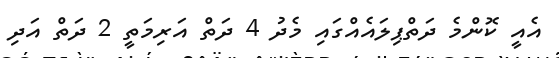
އެއީ ކޮންމެ ދަތްޕިލައެއްގައި މެދު 4 ދަތް އަރިމަތީ 2 ދަތް އަދި